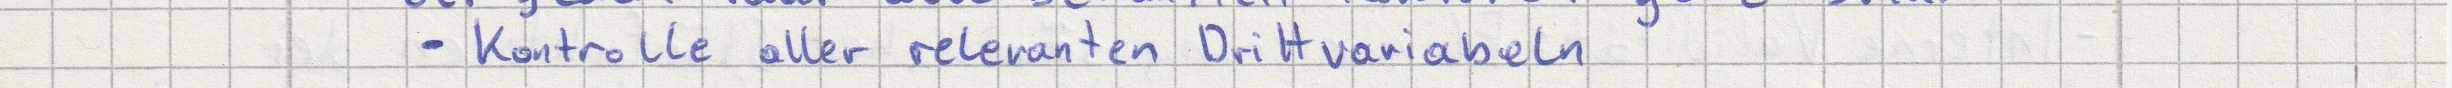
- Kontrolle aller relevanten Drittvariabeln